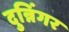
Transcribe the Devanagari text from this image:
दुन्निंगर